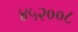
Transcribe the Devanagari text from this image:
४५२००८